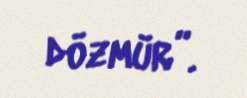
dözmür”.